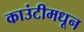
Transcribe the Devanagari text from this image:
काउंटीमधून